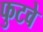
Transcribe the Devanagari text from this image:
फुटवे